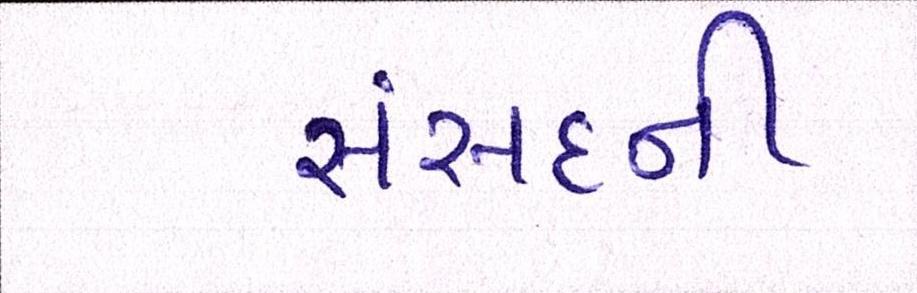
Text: સંસદની